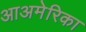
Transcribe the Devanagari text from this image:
आअमेरिका